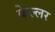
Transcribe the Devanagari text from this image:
केल्लर